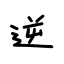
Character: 逆